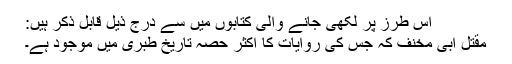
اس طرز پر لکھی جانے والی کتابوں میں سے درج ذیل قابل ذکر ہیں:
مقتل ابی مخنف کہ جس کی روایات کا اکثر حصہ تاریخ طبری میں موجود ہے۔